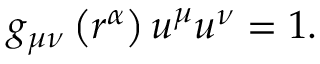
g _ { \mu \nu } \left( r ^ { \alpha } \right) u ^ { \mu } u ^ { \nu } = 1 .